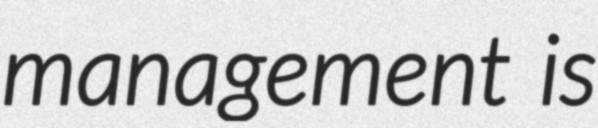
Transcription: management is